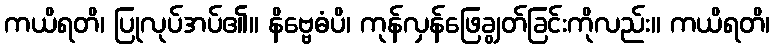
ကယိရတိ၊ ပြုလုပ်အပ်၏။ နိဗ္ဗေဓံပိ၊ ကုန်လှန်ဖြေချွတ်ခြင်းကိုလည်း။ ကယိရတိ၊